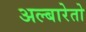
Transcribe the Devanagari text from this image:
अल्बारेतो